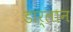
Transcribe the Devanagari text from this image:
डार्लान